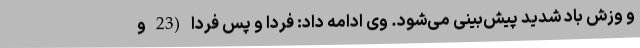
و وزش باد شدید پیش‌بینی می‌شود. وی ادامه داد: فردا و پس فردا (23 و